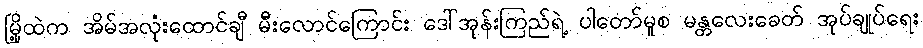
မြို့ထဲက အိမ်အလုံးထောင်ချီ မီးလောင်ကြောင်း ဒေါ်အုန်းကြည်ရဲ့ ပါတော်မူစ မန္တလေးခေတ် အုပ်ချုပ်ရေး